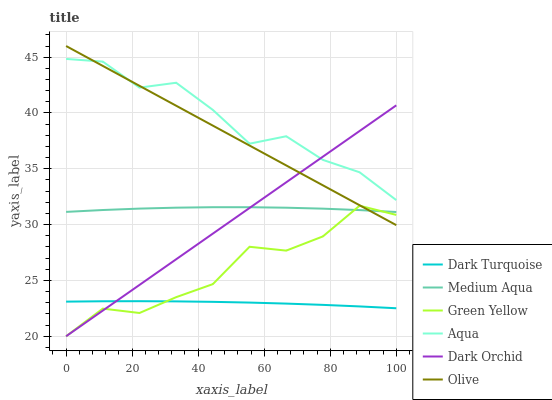
| xaxis_label | Dark Turquoise | Medium Aqua | Green Yellow | Aqua | Dark Orchid | Olive |
 | --- | --- | --- | --- | --- | --- | --- |
 | 0 | 23.1 | 31.1 | 20 | 44.8 | 20 | 46 |
 | 11.1 | 23.1 | 31.3 | 22.5 | 44.6 | 22.3 | 44.2 |
 | 22.2 | 23.1 | 31.4 | 22.1 | 42.3 | 24.6 | 42.4 |
 | 33.3 | 23.1 | 31.5 | 23.5 | 42.7 | 26.9 | 40.7 |
 | 44.4 | 23.1 | 31.6 | 24.7 | 40.3 | 29.2 | 38.9 |
 | 55.6 | 23 | 31.6 | 28 | 37.3 | 31.5 | 37.1 |
 | 66.7 | 22.9 | 31.5 | 27.7 | 37.9 | 33.8 | 35.3 |
 | 77.8 | 22.8 | 31.4 | 28.9 | 35.8 | 36.1 | 33.5 |
 | 88.9 | 22.7 | 31.3 | 31.7 | 34.7 | 38.4 | 31.7 |
 | 100 | 22.5 | 31.1 | 30.9 | 32.2 | 40.7 | 30 |